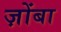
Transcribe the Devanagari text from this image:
ज़ोंबा